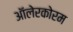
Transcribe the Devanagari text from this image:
ऑलेरकोरम